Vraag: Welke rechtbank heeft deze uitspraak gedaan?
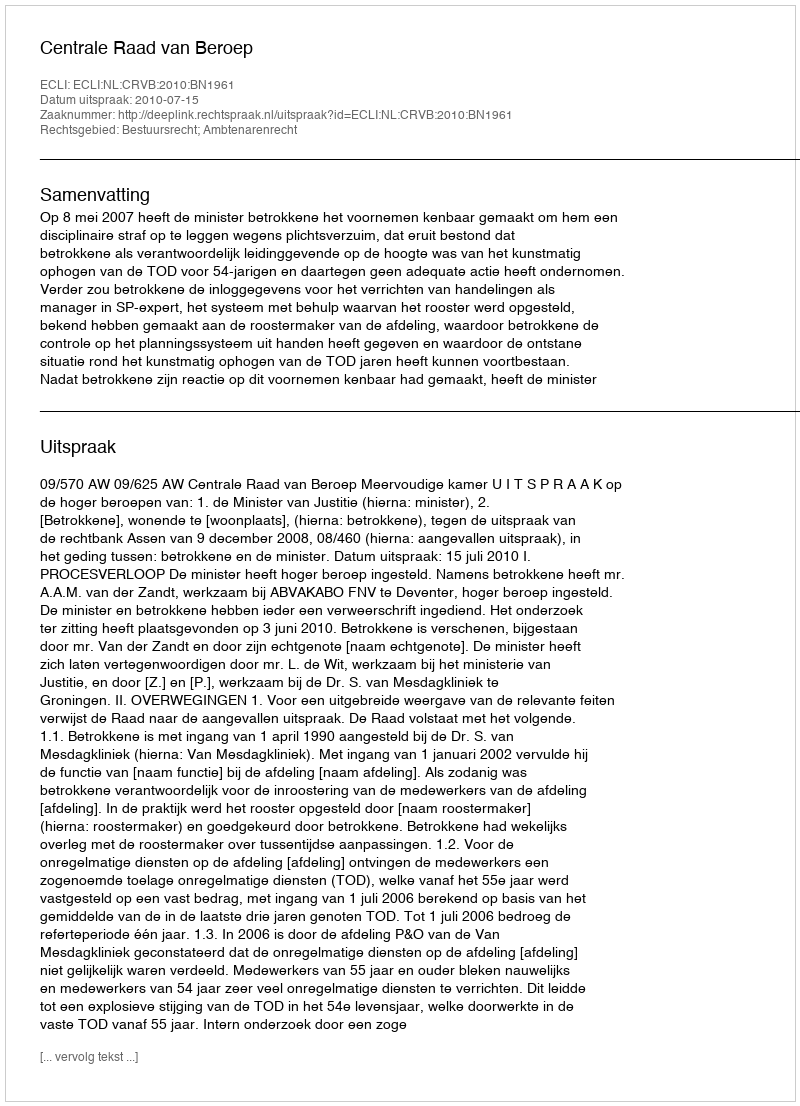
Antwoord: Centrale Raad van Beroep